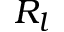
R _ { l }